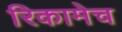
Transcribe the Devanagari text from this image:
रिकामेच